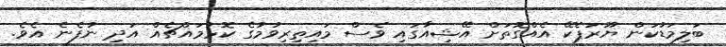
ބަލިމަޑުކަން ޔޫރަޕެކޭ އެއްގޮތަށް އޭޝިއާގައި ވެސް މައިތިރިވުމުގެ ކޮޅުމައްޗެއް އަދި ނުފެނެ އެވެ.